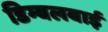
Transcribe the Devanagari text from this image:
डिम्बलबाई